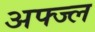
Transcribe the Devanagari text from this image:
अफ्ज्ल